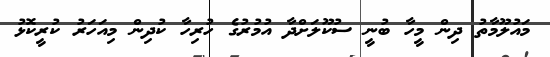
މައުލޫމާތު ދިން މީހާ ބުނީ ސުކޫލަށްދާ އުމުރުގެ ހުރިހާ ކުދިން މިއަހަރު ކުރީކޮޅު